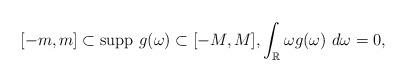
LaTeX: \begin{align*} [-m, m]\subset \mbox{\rm supp} ~ g(\omega) \subset [-M, M], \int_{\mathbb R} \omega g(\omega) ~ d\omega = 0, \end{align*}